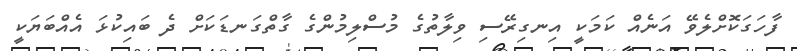
ފާހަގަކޮށްލެވޭ އަނެއް ކަމަކީ އިނގިރޭސި ވިލާތުގެ މުސްލިމުންގެ ގާތްގަނޑަކަށް ދެ ބައިކުޅަ އެއްބަޔަކީ